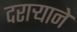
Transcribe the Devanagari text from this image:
दराऱ्याने